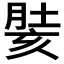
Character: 𰮵